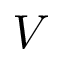
V